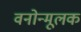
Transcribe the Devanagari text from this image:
वनोन्मूलक